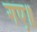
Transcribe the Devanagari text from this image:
गए॥